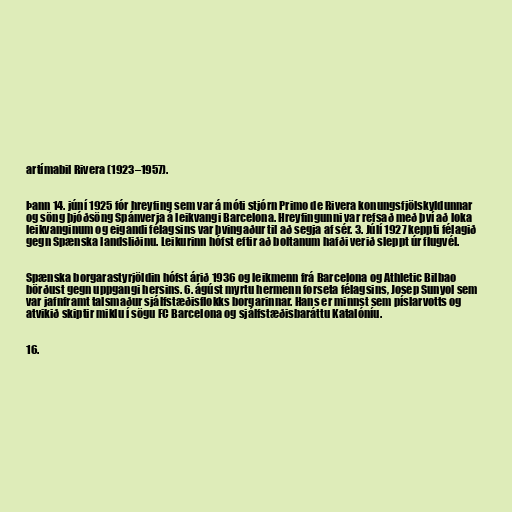
artímabil Rivera (1923–1957).

Þann 14. júní 1925 fór hreyfing sem var á móti stjórn Primo de Rivera konungsfjölskyldunnar
og söng þjóðsöng Spánverja á leikvangi Barcelona. Hreyfingunni var refsað með því að loka
leikvanginum og eigandi félagsins var þvingaður til að segja af sér. 3. Júlí 1927 keppti félagið
gegn Spænska landsliðinu. Leikurinn hófst eftir að boltanum hafði verið sleppt úr flugvél.

Spænska borgarastyrjöldin hófst árið 1936 og leikmenn frá Barcelona og Athletic Bilbao
börðust gegn uppgangi hersins. 6. ágúst myrtu hermenn forseta félagsins, Josep Sunyol sem
var jafnframt talsmaður sjálfstæðisflokks borgarinnar. Hans er minnst sem píslarvotts og
atvikið skiptir miklu í sögu FC Barcelona og sjálfstæðisbaráttu Katalóníu.

16.